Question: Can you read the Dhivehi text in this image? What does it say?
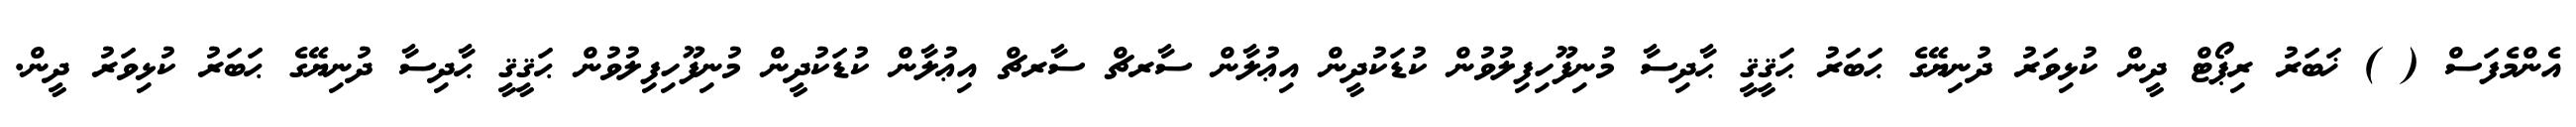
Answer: އެންމެފަސް ( ) ޚަބަރު ރިޕޯޓް ދީން ކުޅިވަރު ދުނިޔޭގެ ޙަބަރު ޙަޤީޤީ ޙާދިސާ މުނިފޫހިފިލުވުން ކުޑަކުދީން އިޢުލާން ސާރޗް ސާރޗް އިޢުލާން ކުޑަކުދީން މުނިފޫހިފިލުވުން ޙަޤީޤީ ޙާދިސާ ދުނިޔޭގެ ޙަބަރު ކުޅިވަރު ދީން.